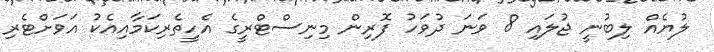
ލުޔެއް ލިބުނީ ޖުލައި 8 ވަނަ ދުވަހު ފޮރިން މިނިސްޓްރީގެ އެހީތެރިކަމާއިއެކު އަވަށްޓެރި